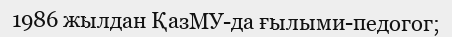
1986 жылдан ҚазМУ-да ғылыми-педогог;